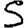
Digit: 5